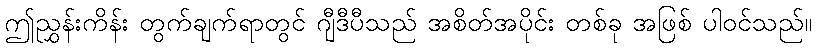
ဤညွှန်းကိန်း တွက်ချက်ရာတွင် ဂျီဒီပီသည် အစိတ်အပိုင်း တစ်ခု အဖြစ် ပါဝင်သည်။